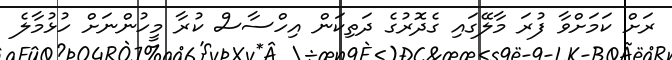
ރަށް ކަމަށްވާ ފުރަ މާލޭގައި ގެދޮރުގެ ދަތިކަން އިހްސާސް ކުރާ މީހުންނަށް ހުޅުމާލެ